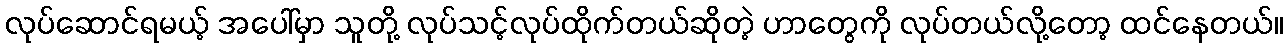
လုပ်ဆောင်ရမယ့် အပေါ်မှာ သူတို့ လုပ်သင့်လုပ်ထိုက်တယ်ဆိုတဲ့ ဟာတွေကို လုပ်တယ်လို့တော့ ထင်နေတယ်။